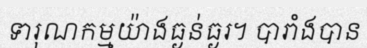
ទារុណកម្មយ៉ាងធ្ងន់ធ្ងរ។ បារាំងបាន